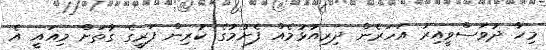
މިހާ ދުވަސްވީއިރު އަހަރެން ދިރިއުޅުމެއް ފެށުމުގެ ކުރިން ފަރީގެ ގާތަށް މިއައީ އެ